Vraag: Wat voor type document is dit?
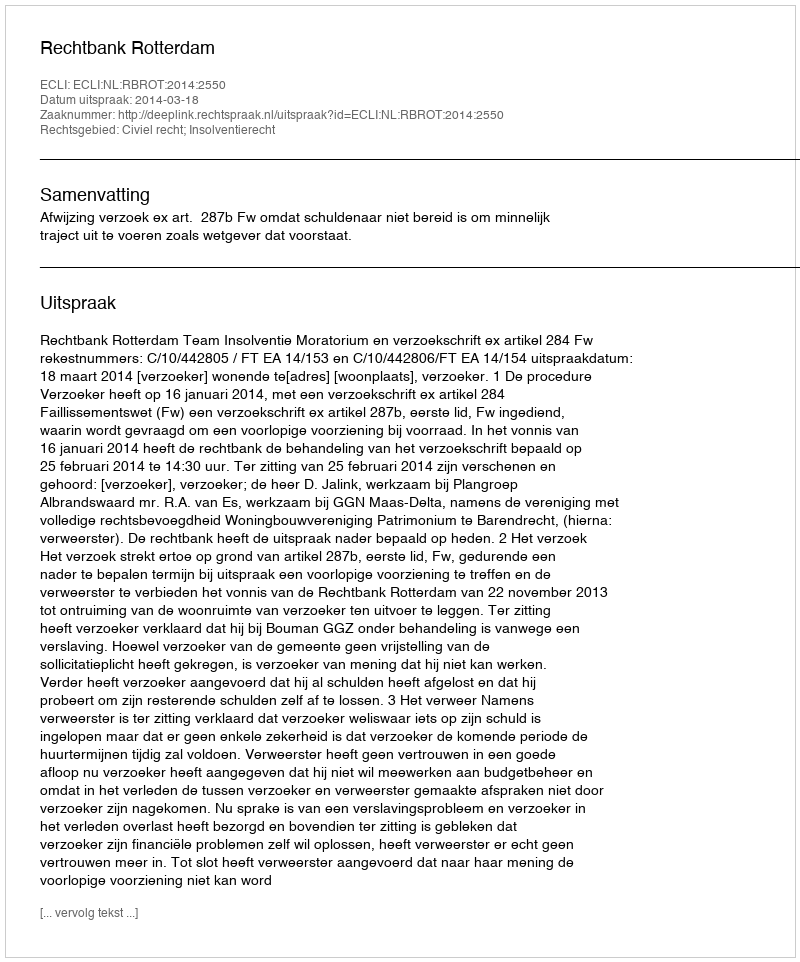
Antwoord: Uitspraak